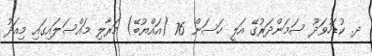
ދ. ކުޑަހުވަދޫ ސަމަންދަރުގޭ އަލީ ހަސަން 76 (އައްޔުބޭ) މަރާލި މައްސަލައިގައި މިއަދު